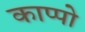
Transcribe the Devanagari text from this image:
काप्पो